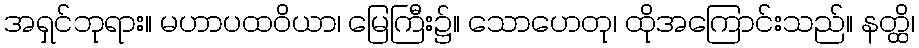
အရှင်ဘုရား။ မဟာပထဝိယာ၊ မြေကြီး၌။ သောဟေတု၊ ထိုအကြောင်းသည်။ နတ္ထိ၊